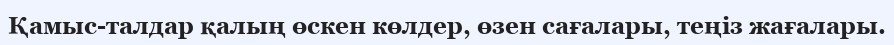
Қамыс-талдар қалың өскен көлдер, өзен сағалары, теңіз жағалары.